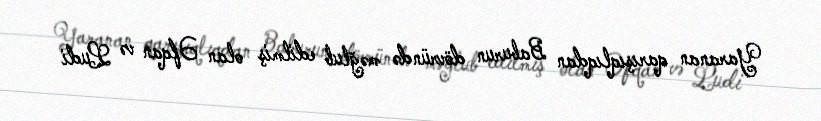
Yaranan qarışıqlıqdan Baburun dövründə məğlub edilmiş olan Əfqan və Ludi